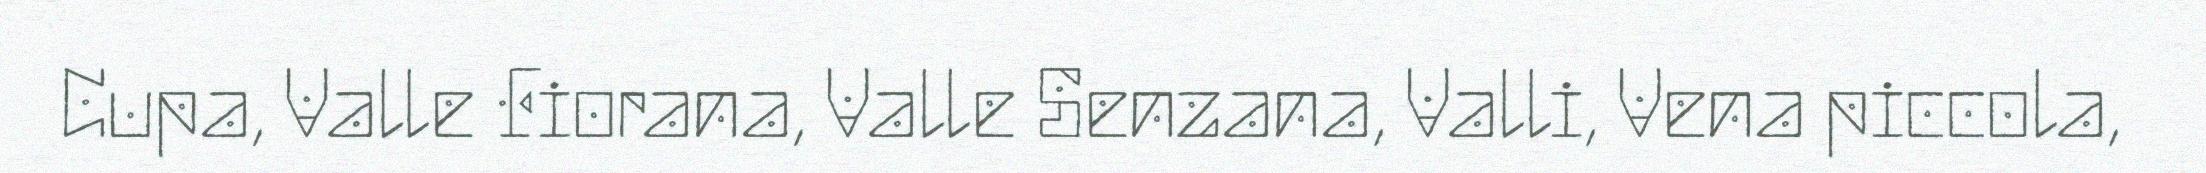
Cupa, Valle Fiorana, Valle Senzana, Valli, Vena piccola,